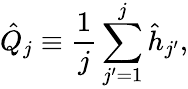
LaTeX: \hat{Q}_{j}\equiv\frac{1}{j}\sum_{j^{\prime}=1}^{j}\hat{h}_{j^{\prime}},